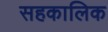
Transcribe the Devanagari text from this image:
सहकालिक